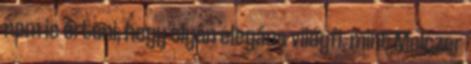
nem is érteni, hogy olyan elegáns világfi, mint Melczer